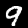
Label: 9